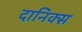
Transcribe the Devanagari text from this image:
दानिक्स